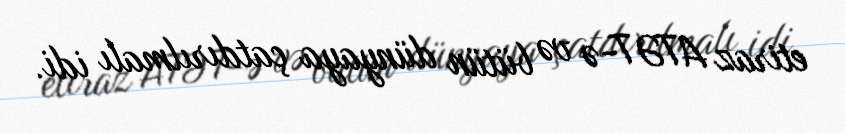
etiraz ATƏT-ə və bütün dünyaya çatdırılmalı idi.